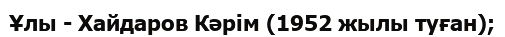
Ұлы - Хайдаров Кәрім (1952 жылы туған);